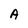
Character: A